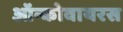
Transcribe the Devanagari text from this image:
ऑन्कोवायरस